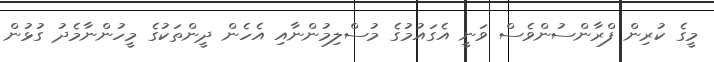
މީގެ ކުރިން ފްރާންސުންވެސް ވަނީ އެގައުމުގެ މުސްލިމުންނާއި އެހެން ދީންތަކުގެ މީހުންނާމެދު ގުޅުން